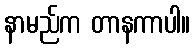
နာမည်က တာနကာပါ။